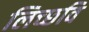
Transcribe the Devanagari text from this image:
लिच्‍छवि